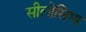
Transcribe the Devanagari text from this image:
सीलोसिभा